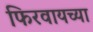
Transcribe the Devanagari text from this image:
फिरवायच्या